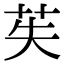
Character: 苵